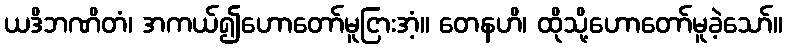
ယဒိဘဏိတံ၊ အကယ်၍ဟောတော်မူငြားအံ့။ တေနဟိ၊ ထိုသို့ဟောတော်မူခဲ့သော်။